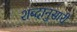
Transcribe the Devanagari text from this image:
शब्दानुसारी